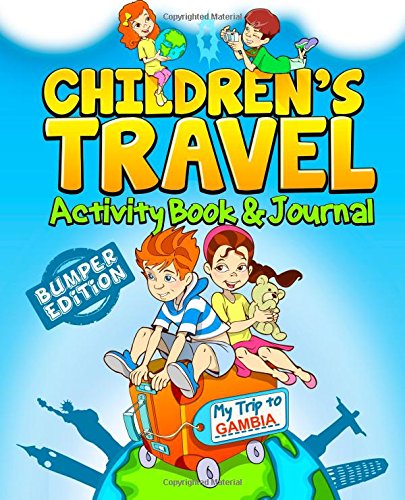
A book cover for Children's Travel Activity Book & Journal: My Trip to Gambia; TravelJournalBooks; Travel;